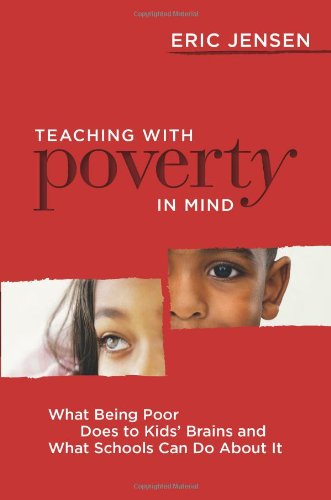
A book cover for Teaching With Poverty in Mind: What Being Poor Does to Kids' Brains and What Schools Can Do About It; Eric Jensen; Education & Teaching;